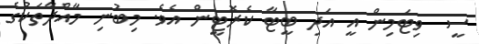
ސީ  ވިޓަމިން އީ އަދި ބީޓާ ކެރޮޓީން އެވެ. މިބުނި މާއްދާތަކުގެ